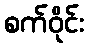
စက်ဝိုင်း